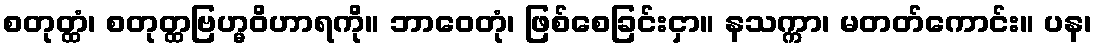
စတုတ္ထံ၊ စတုတ္ထဗြဟ္မဝိဟာရကို။ ဘာဝေတုံ၊ ဖြစ်စေခြင်းငှာ။ နသက္ကာ၊ မတတ်ကောင်း။ ပန၊